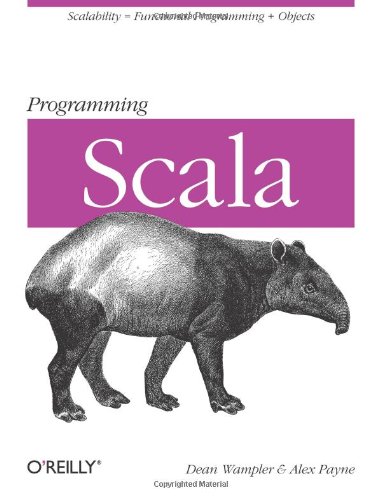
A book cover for Programming Scala: Scalability = Functional Programming + Objects (Animal Guide); Dean Wampler; Computers & Technology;